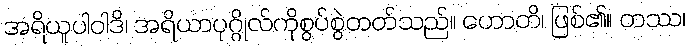
အရိယူပါဝါဒိ၊ အရိယာပုဂ္ဂိုလ်ကိုစွပ်စွဲတတ်သည်။ ဟောတိ၊ ဖြစ်၏။ တဿ၊